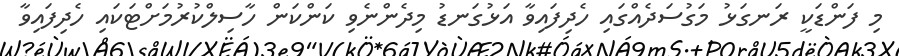
މި ފަންޑަކީ ރަނގަޅު މަގުސަދެއްގައި ހެދިފައިވާ އަޅުގަނޑު މިދެންނެވި ކަންކަން ހާސިލްކުރުމަށްޓަކައި ހެދިފައިވާ